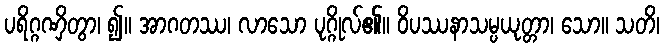
ပရိဂ္ဂဏှိတွာ၊ ၍။ အာဂတဿ၊ လာသော ပုဂ္ဂိုလ်၏။ ဝိပဿနာသမ္ပယုတ္တာ၊ သော။ သတိ၊